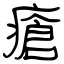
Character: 瘡